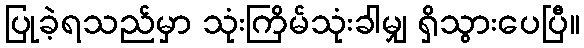
ပြုခဲ့ရသည်မှာ သုံးကြိမ်သုံးခါမျှ ရှိသွားပေပြီ။